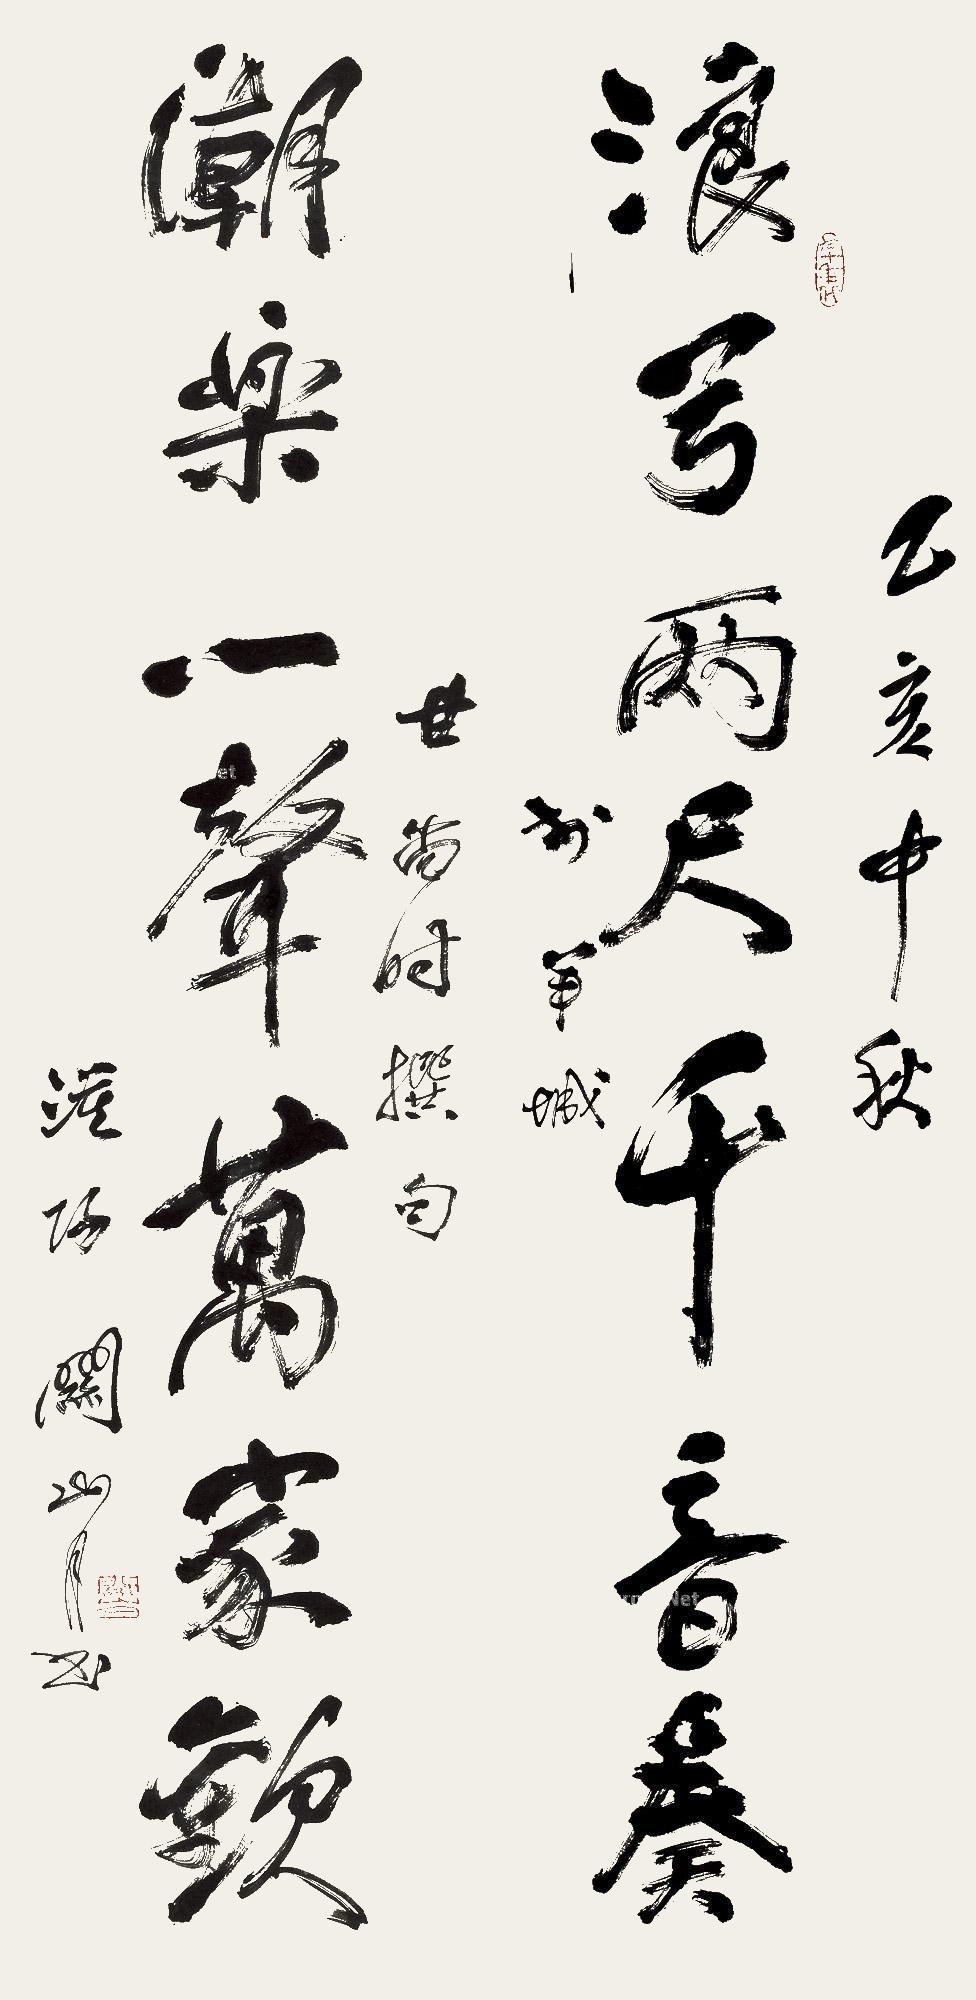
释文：浪弓两尺千音奏，潮乐一声万家欢。乙亥中秋于羊城，甘尚时撰句，漠阳关山月书。